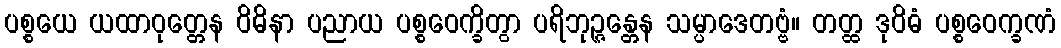
ပစ္စယေ ယထာဝုတ္တေန ဝိဓိနာ ပညာယ ပစ္စဝေက္ခိတွာ ပရိဘုဉ္ဇန္တေန သမ္ပာဒေတဗ္ဗံ။ တတ္ထ ဒုဝိဓံ ပစ္စဝေက္ခဏံ